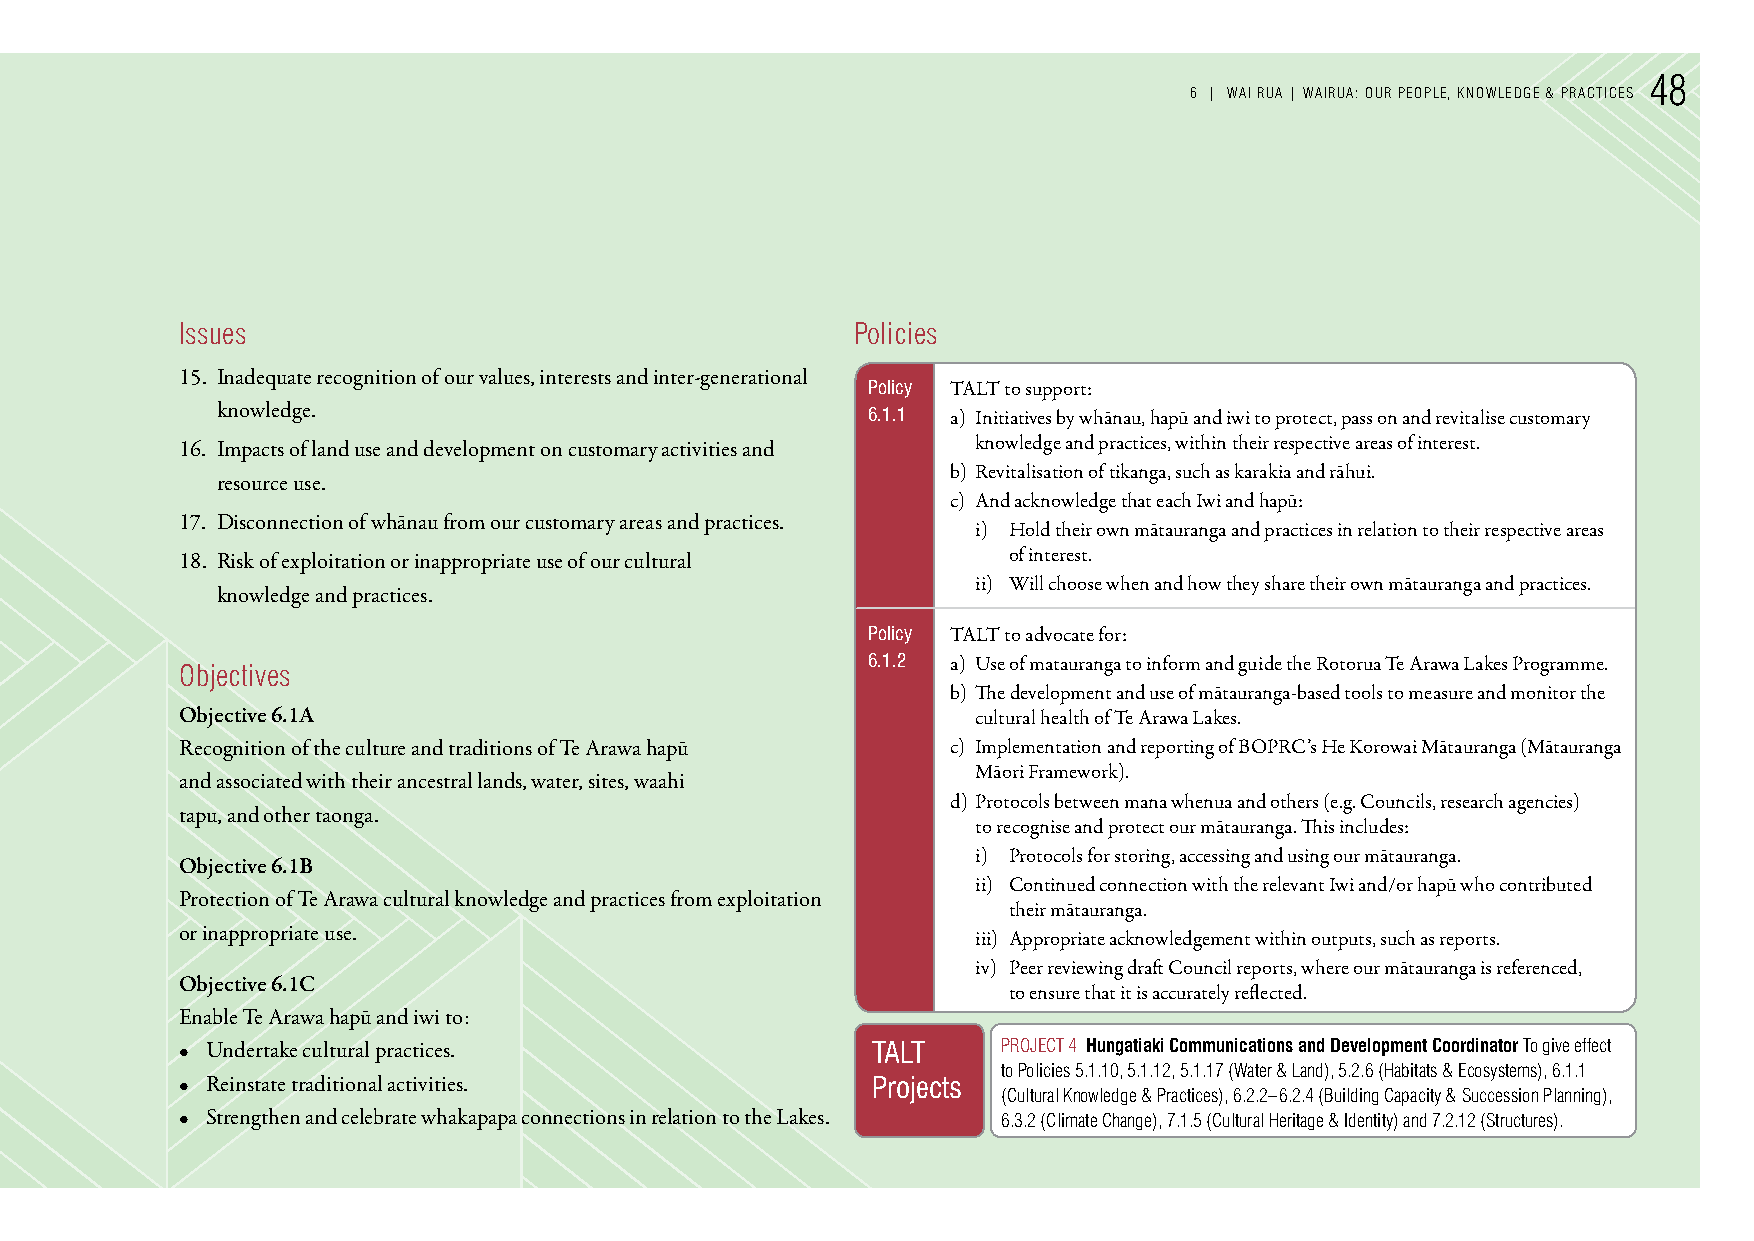
48
 6 | WAI ruA | WAIruA: our PeoPLe, knoWLedGe & PrACTICes
 Issues                                       Policies
 15. Inadequate recognition of our values, interests and inter-generational
 Policy TALT to support:
 knowledge.                                 6.1.1 a) Initiatives by whānau, hapū and iwi to protect, pass on and revitalise customary
 16. Impacts of land use and development on customary activities and knowledge and practices, within their respective areas of interest.
 b) Revitalisation of tikanga, such as karakia and rāhui.
 resource use.
 c) And acknowledge that each Iwi and hapū:
 17. Disconnection of whānau from our customary areas and practices.
 i) Hold their own mātauranga and practices in relation to their respective areas
 18. Risk of exploitation or inappropriate use of our cultural of interest.
 ii) Will choose when and how they share their own mātauranga and practices.
 knowledge and practices.
 Policy TALT to advocate for:
 6.1.2 a) Use of matauranga to inform and guide the Rotorua Te Arawa Lakes Programme.
 objectives
 b) The development and use of mātauranga-based tools to measure and monitor the
 Objective 6.1A                                       cultural health of Te Arawa Lakes.
 Recognition of the culture and traditions of Te Arawa hapū c) Implementation and reporting of BOPRC’s He Korowai Mātauranga (Mātauranga
 Māori Framework).
 and associated with their ancestral lands, water, sites, waahi
 d) Protocols between mana whenua and others (e.g. Councils, research agencies)
 tapu, and other taonga.
 to recognise and protect our mātauranga. This includes:
 i) Protocols for storing, accessing and using our mātauranga.
 Objective 6.1B
 ii) Continued connection with the relevant Iwi and/or hapū who contributed
 Protection of Te Arawa cultural knowledge and practices from exploitation
 their mātauranga.
 or inappropriate use.
 iii) Appropriate acknowledgement within outputs, such as reports.
 iv) Peer reviewing draft Council reports, where our mātauranga is referenced,
 Objective 6.1C
 to ensure that it is accurately reflected.
 Enable Te Arawa hapū and iwi to:
 • Undertake cultural practices.               TALT    ProJeCT 4 Hungatiaki Communications and Development Coordinator To give effect
 to Policies 5.1.10, 5.1.12, 5.1.17 (Water & Land), 5.2.6 (Habitats & ecosystems), 6.1.1
 • Reinstate traditional activities.           Projects
 (Cultural knowledge & Practices), 6.2.2–6.2.4 (Building Capacity & succession Planning),
 • Strengthen and celebrate whakapapa connections in relation to the Lakes. 6.3.2 (Climate Change), 7.1.5 (Cultural Heritage & Identity) and 7.2.12 (structures).